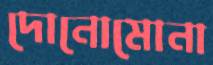
দোনোমোনা